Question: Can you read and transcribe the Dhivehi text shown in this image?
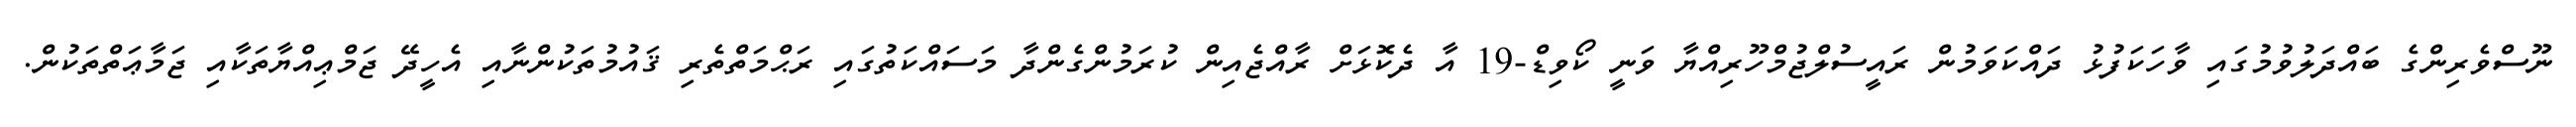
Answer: ނޫސްވެރިންގެ ބައްދަލުވުމުގައި ވާހަކަފުޅު ދައްކަވަމުން ރައީސުލްޖުމްހޫރިއްޔާ ވަނީ ކޯވިޑް-19 އާ ދެކޮޅަށް ރާއްޖެއިން ކުރަމުންގެންދާ މަސައްކަތުގައި ރަޙްމަތްތެރި ޤައުމުތަކުންނާއި އެހީދޭ ޖަމްޢިއްޔާތަކާއި ޖަމާޢަތްތަކުން.